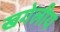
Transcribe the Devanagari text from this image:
खगेलीय